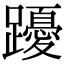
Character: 𨇄